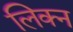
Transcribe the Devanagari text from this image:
लिक्न